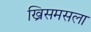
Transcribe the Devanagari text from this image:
ख्रिसमसला